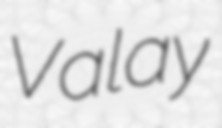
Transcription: Valay